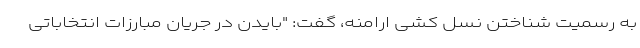
به رسمیت شناختن نسل کشی ارامنه، گفت: "بایدن در جریان مبارزات انتخاباتی